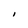
Character: I